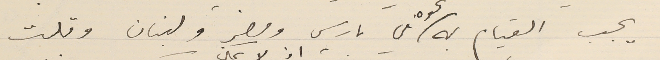
يجب القيام به نحوه في باريس ومصر ولبنان وقلت